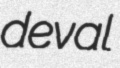
deval